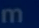
m